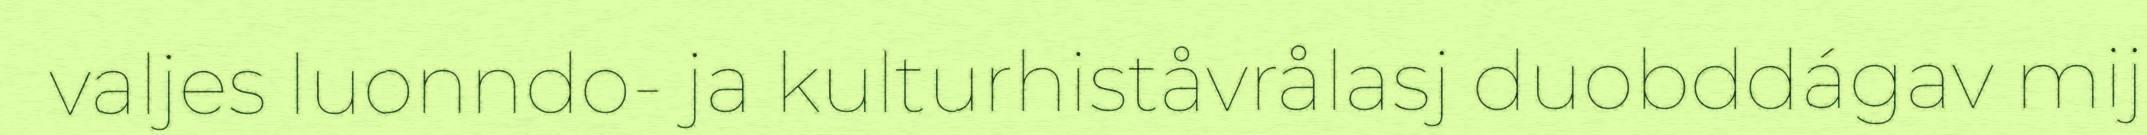
valjes luonndo- ja kulturhiståvrålasj duobddágav mij